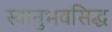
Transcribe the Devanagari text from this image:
स्वानुभवसिद्ध